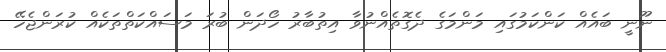
ނޫނީ ބައެއް ކަންކަމުގައި މަންމަގެ ދެގޮތެއްނުވާ އިތުބާރު ހޯދަން ބުރަ މަސައްކަތްތަކެއް ކުރަންޖެހޭ